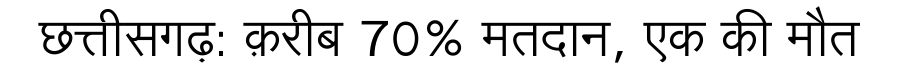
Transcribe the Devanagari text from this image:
छत्तीसगढ़: क़रीब 70% मतदान, एक की मौत